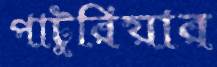
পাটুরিয়ার